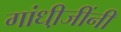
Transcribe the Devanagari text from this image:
गांधी़जींनी